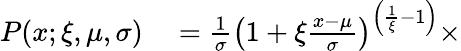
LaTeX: \begin{array}{rl}{P(x;\xi,\mu,\sigma)}&{{}=\frac{1}{\sigma}\left(1+\xi\frac{x-\mu}{\sigma}\right)^{\left(\frac{1}{\xi}-1\right)}\times}\end{array}